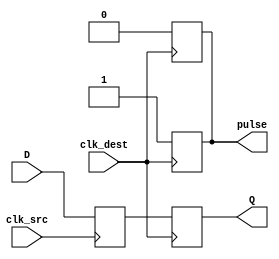
module pulsed_synchronizer (
    input wire D,              // Data input from source clock domain
    input wire clk_src,        // Clock signal of source domain
    input wire clk_dest,       // Clock signal of destination domain
    output reg Q,              // Synchronized output
    output reg pulse           // Pulsed control signal
);

    // Internal signals
    reg D_ff1;                 // Output of first flip-flop

    // First flip-flop: Sample D on the rising edge of clk_src
    always @(posedge clk_src) begin
        D_ff1 <= D;            // Sample the input data
    end

    // Second flip-flop: Sample D_ff1 on the rising edge of clk_dest
    always @(posedge clk_dest) begin
        Q <= D_ff1;            // Synchronized output
        pulse <= 1'b1;         // Generate a pulse
    end

    // Generate a pulse for one clock cycle
    always @(posedge clk_dest) begin
        if (pulse) begin
            pulse <= 1'b0;      // Reset pulse after one clock cycle
        end
    end

endmodule